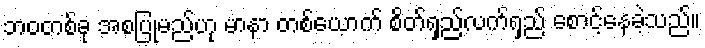
ဘဝတစ်ခု အစပြုမည်ဟု မာနာ တစ်ယောက် စိတ်ရှည်လက်ရှည် စောင့်နေခဲ့သည်။